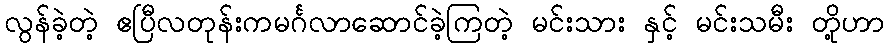
လွန်ခဲ့တဲ့ ဧပြီလတုန်းကမင်္ဂလာဆောင်ခဲ့ကြတဲ့ မင်းသား နှင့် မင်းသမီး တို့ဟာ